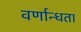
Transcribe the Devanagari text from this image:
वर्णान्धता